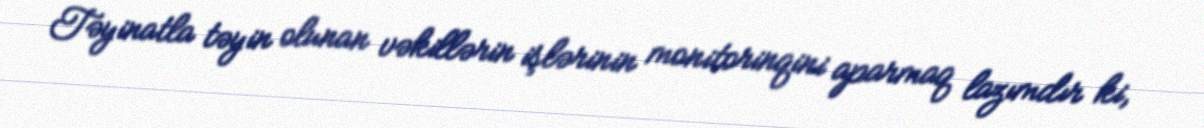
Təyinatla təyin olunan vəkillərin işlərinin monitorinqini aparmaq lazımdır ki,